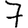
Digit: 7